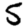
Digit: 5